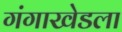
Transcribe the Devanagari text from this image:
गंगाखेडला